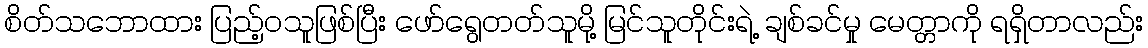
စိတ်သဘောထား ပြည့်ဝသူဖြစ်ပြီး ဖော်ရွေတတ်သူမို့ မြင်သူတိုင်းရဲ့ ချစ်ခင်မှု မေတ္တာကို ရရှိတာလည်း